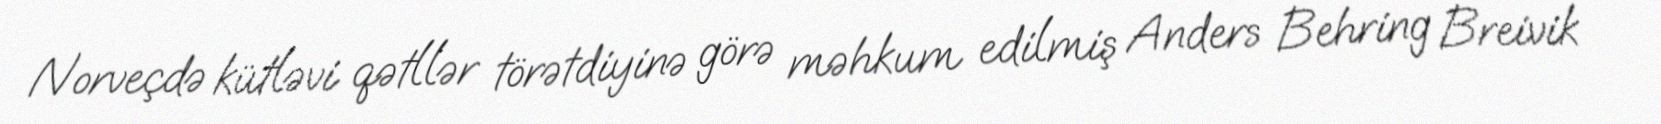
Norveçdə kütləvi qətllər törətdiyinə görə məhkum edilmiş Anders Behring Breivik